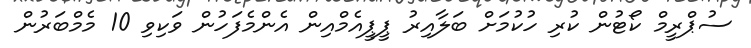
ސުޕްރީމް ކޯޓުން ކުރި ހުކުމަށް ބަލާއިރު ޕީޕީއެމްއިން އެންމެފަހުން ވަކިވި 10 މެމްބަރުން